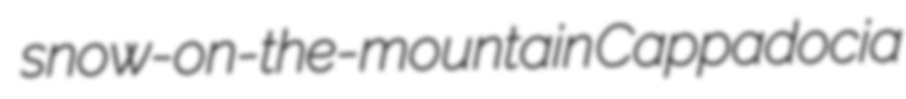
snow-on-the-mountain Cappadocia